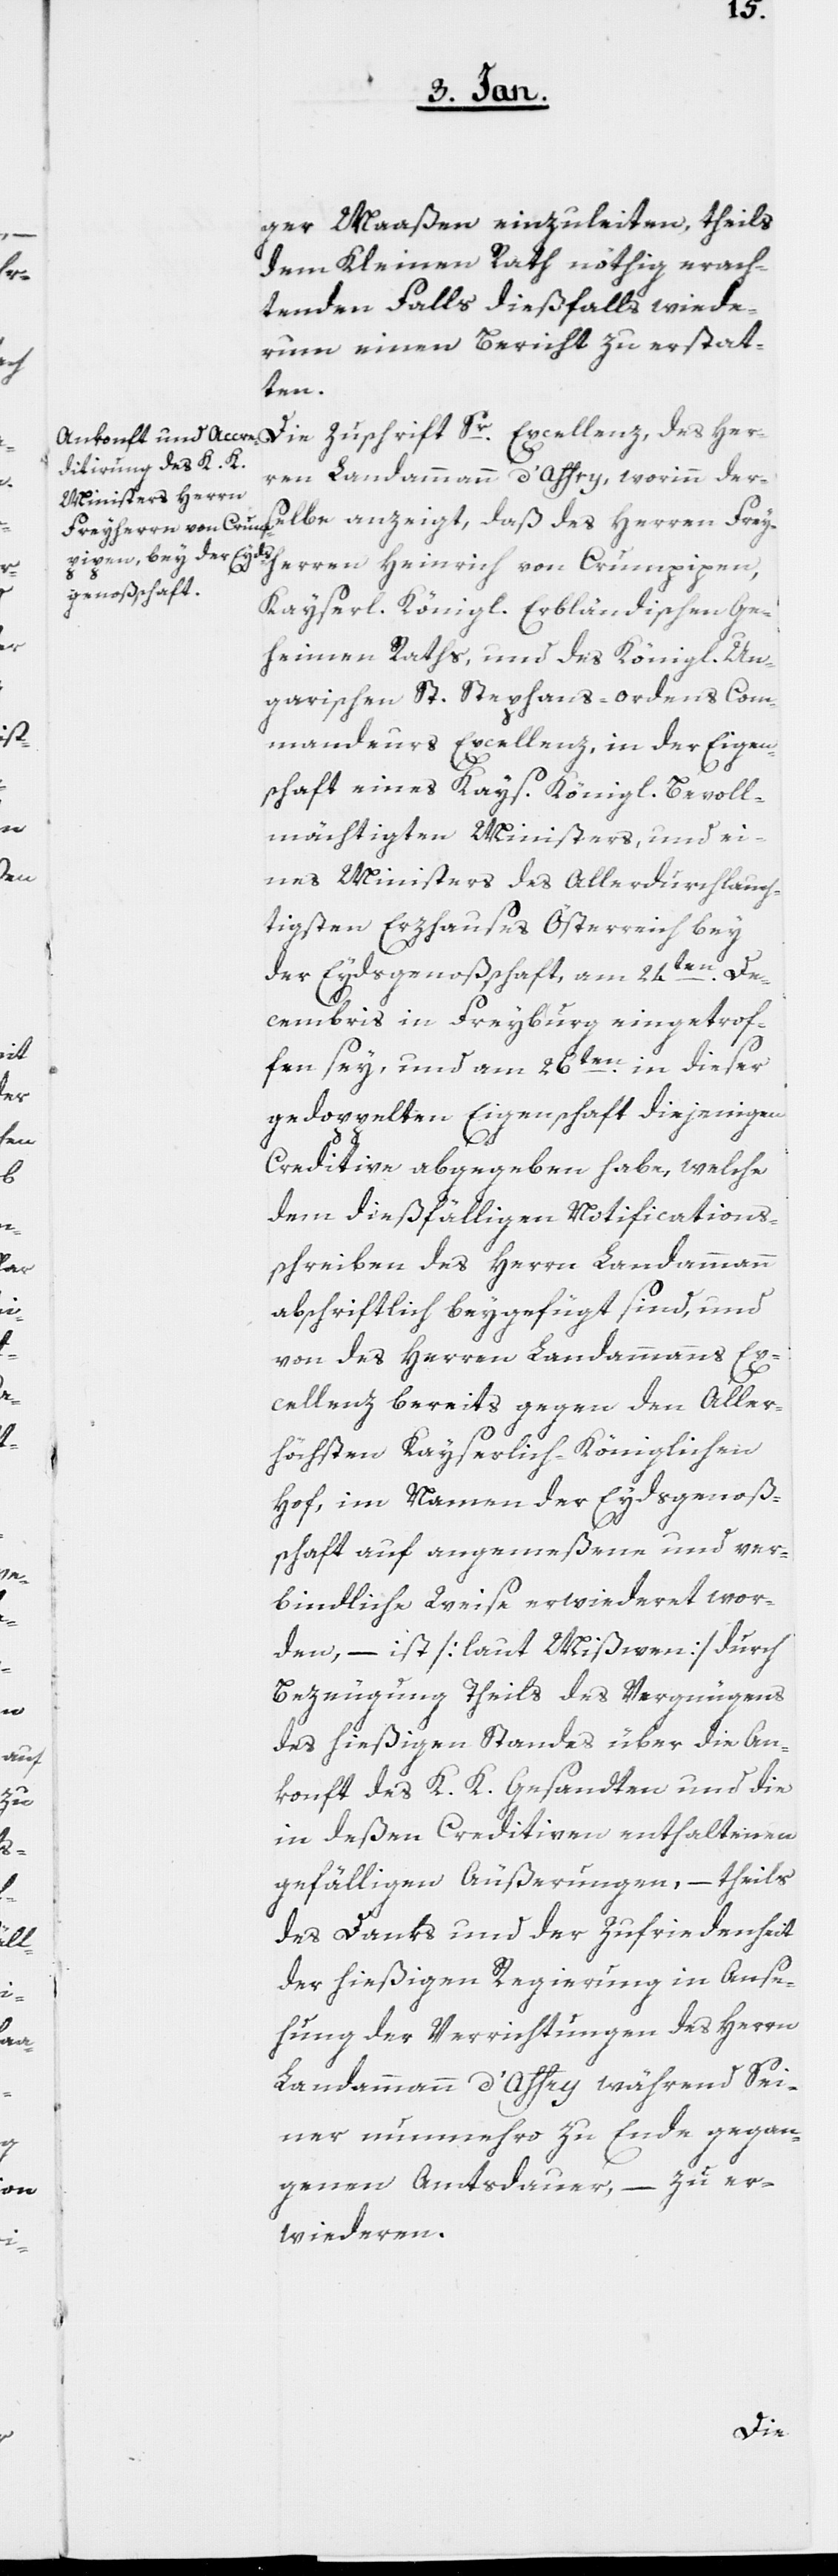
Frey¬

des

ger Maaßen einzuleiten, theils
dem Kleinen Rath nöthig erach¬
tenden Falls dießfalls wiede¬
rum einen Bericht zu erstat¬
ten.
Die Zuschrift Sr. Excellenz, des Her¬
ren Landammann d’Affry, worinn der¬
herren Heinrich von Crumpipen,
Kayserl. Königl. Erbländischen Ge¬
heimen Raths, und des Königl. Un¬
garischen St. Stephans-Ordens Com¬
mandeurs Excellenz, in der Eigen¬
schaft eines Kays. Königl. Bevoll¬
mächtigten Ministers, und ei¬
nes Ministers des Allerdurchlauch¬
tigsten Erzhauses Österreich bey
der Eydsgenoßschaft, am 24sten. De¬
cembris in Freyburg eingetrof¬
fen sey, und am 26sten. in dieser
gedoppelten Eigenschaft diejenigen
Creditive abgegeben habe, welche
dem dießfälligen Notifications¬
schreiben des Herrn Landammann
abschriftlich beygefügt sind, und
von des Herren Landammanns Ex¬
cellenz bereits gegen den Aller¬
höchsten Kayserlich-Königlichen
Hof, im Namen der Eydsgenoße¬
nschaft auf angemeßene und ver¬
bindliche Weise erwideret wor¬
den, – ist [laut Mißiven] durch
Bezeugung Theils des Vergnügens
des hießigen Standes über die An¬
konft des K. K. Gesandten und die
in deßen Creditiven enthaltenen
gefälligen Äußerungen, – theils
des Danks und der Zufriedenheit
der hießigen Regierung in Anse¬
hung der Verrichtungen des Herrn
Landammann d’Affry während Sei¬
ner nunmehro zu Ende gegan¬
genen Amtsdauer, – zu er¬
wideren.